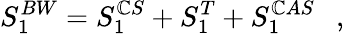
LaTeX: S_{1}^{BW}=S_{1}^{\mathbb{C}S}+S_{1}^{T}+S_{1}^{\mathbb{C}AS}~~~,